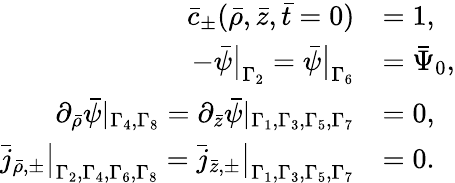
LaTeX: \begin{array}{rl}{\bar{c}_{\pm}(\bar{\rho},\bar{z},\bar{t}=0)}&{=1,}\\ {-\bar{\psi}\big|_{\Gamma_{2}}=\bar{\psi}\big|_{\Gamma_{6}}}&{=\bar{\Psi}_{0},}\\ {\partial_{\bar{\rho}}\bar{\psi}|_{\Gamma_{4},\Gamma_{8}}=\partial_{\bar{z}}\bar{\psi}|_{\Gamma_{1},\Gamma_{3},\Gamma_{5},\Gamma_{7}}}&{=0,}\\ {\bar{j}_{\bar{\rho},\pm}\big|_{\Gamma_{2},\Gamma_{4},\Gamma_{6},\Gamma_{8}}=\bar{j}_{\bar{z},\pm}\big|_{\Gamma_{1},\Gamma_{3},\Gamma_{5},\Gamma_{7}}}&{=0.}\end{array}